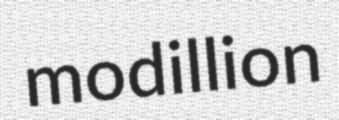
modillion